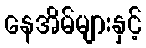
နေအိမ်များနှင့်